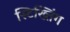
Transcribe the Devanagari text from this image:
स्टिख्तिंग